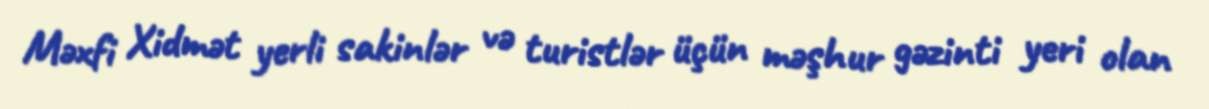
Məxfi Xidmət yerli sakinlər və turistlər üçün məşhur gəzinti yeri olan